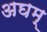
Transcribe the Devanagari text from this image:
अघम्